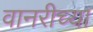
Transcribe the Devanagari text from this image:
वानरीच्या